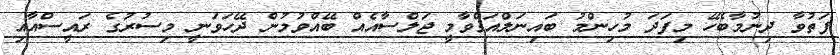
ފަތުވާ ދިނުމާބެހޭ މިފަދަ މުހިންމު ބައިނަލްއަޤްވާމީ ޖަލްސާއެއް ބޭއްވުމުން ދޭހަވަނީ މިސުރުގެ ރައީސްއާއި